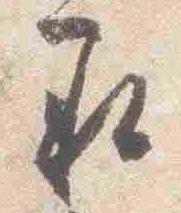
承